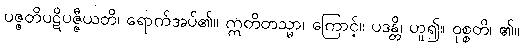
ပဇ္ဇတိပဋိပဇ္ဇီယတိ၊ ရောက်အပ်၏။ ဣတိတသ္မာ၊ ကြောင့်။ ပဒန္တိ၊ ဟူ၍။ ဝုစ္စတိ၊ ၏။